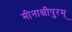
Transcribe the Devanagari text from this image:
मीनाक्षीपुरम्